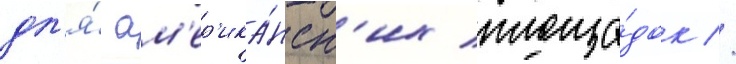
дл'я́ ам'ер'ика́нск'их площа́док //